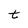
Character: t